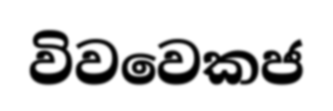
විවවෙකජ